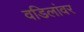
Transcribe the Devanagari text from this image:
वडिलांवर